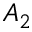
A _ { 2 }